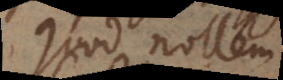
quod nollem